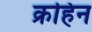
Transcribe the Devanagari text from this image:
क्रहिन